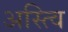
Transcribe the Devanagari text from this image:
अस्त्वि